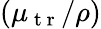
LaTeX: (\mu_{\mathrm{~t~r~}}/\rho)